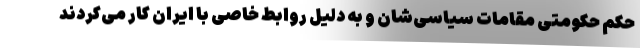
حکم حکومتی مقامات سیاسی‌شان و به دلیل روابط خاصی با ایران کار می‌کردند